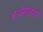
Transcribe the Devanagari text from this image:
बन्देमातरम